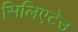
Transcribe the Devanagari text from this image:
सिलिएटेउ